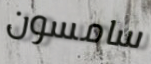
سامسون